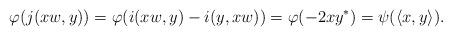
LaTeX: \begin{align*}\varphi (j(xw,y))=\varphi(i(xw,y)-i(y,xw))=\varphi(-2xy^*)=\psi(\langle x,y\rangle).\end{align*}